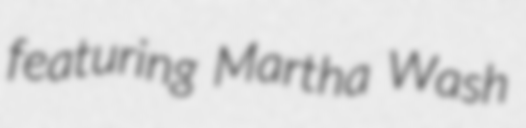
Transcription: featuring Martha Wash